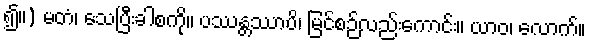
၍။) မတံ၊ သေပြီးခါစကို။ ပဿန္တဿာပိ၊ မြင်စဉ်လည်းကောင်း။ ယာဝ၊ လောက်။